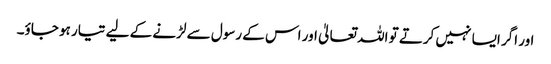
اور اگر ایسا نہیں کرتے تو اللہ تعالیٰ اور اس کے رسول سے لڑنے کے لیے تیار ہو جاؤ۔